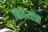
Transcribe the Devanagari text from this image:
विजेत्याचा